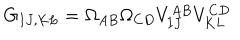
LaTeX: G _ { I J , K L } = \Omega _ { A B } \Omega _ { C D } V _ { I J } ^ { A B } V _ { K L } ^ { C D }